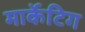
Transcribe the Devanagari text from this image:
मार्केटिग